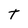
Character: T